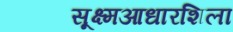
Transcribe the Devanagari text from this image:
सूक्ष्मआधारशिला